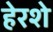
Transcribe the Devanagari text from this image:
हेरशे